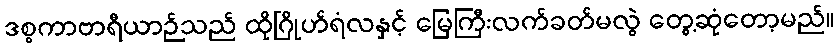
ဒစ္စကာဗာရီယာဉ်သည် ထိုဂြိုဟ်ရံလနှင့် မြေကြီးလက်ခတ်မလွဲ တွေ့ဆုံတော့မည်။